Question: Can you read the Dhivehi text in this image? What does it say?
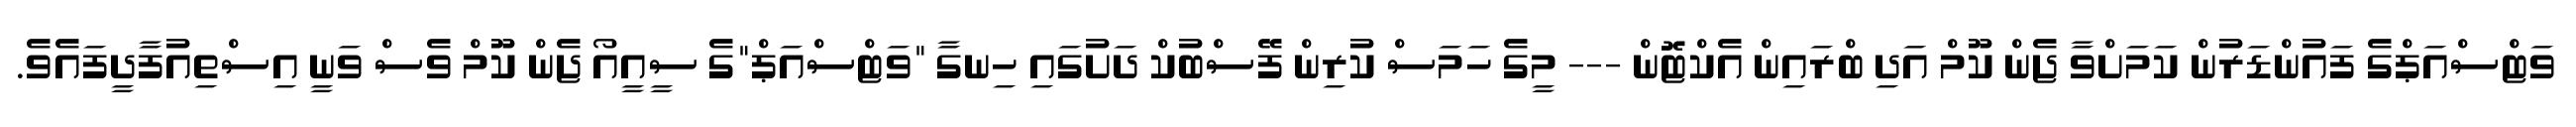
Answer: ވަޓްސްއަޕްގެ ފައުންޑަރުން ކަމަށްވާ ޖެން ކޫމް އަދި ބްރައިން އެކްޓޮން --- މީގެ ހަމަސް ކުރިން ފޭސްބުކް ދަށުގައި ހިނގާ "ވަޓްސްއަޕް"ގެ ސީއީއޯ ޖެން ކޫމް ވެސް ވަނީ އިސްތިއުފާދީފައެވެ.